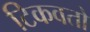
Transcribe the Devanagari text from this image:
टिकवतो